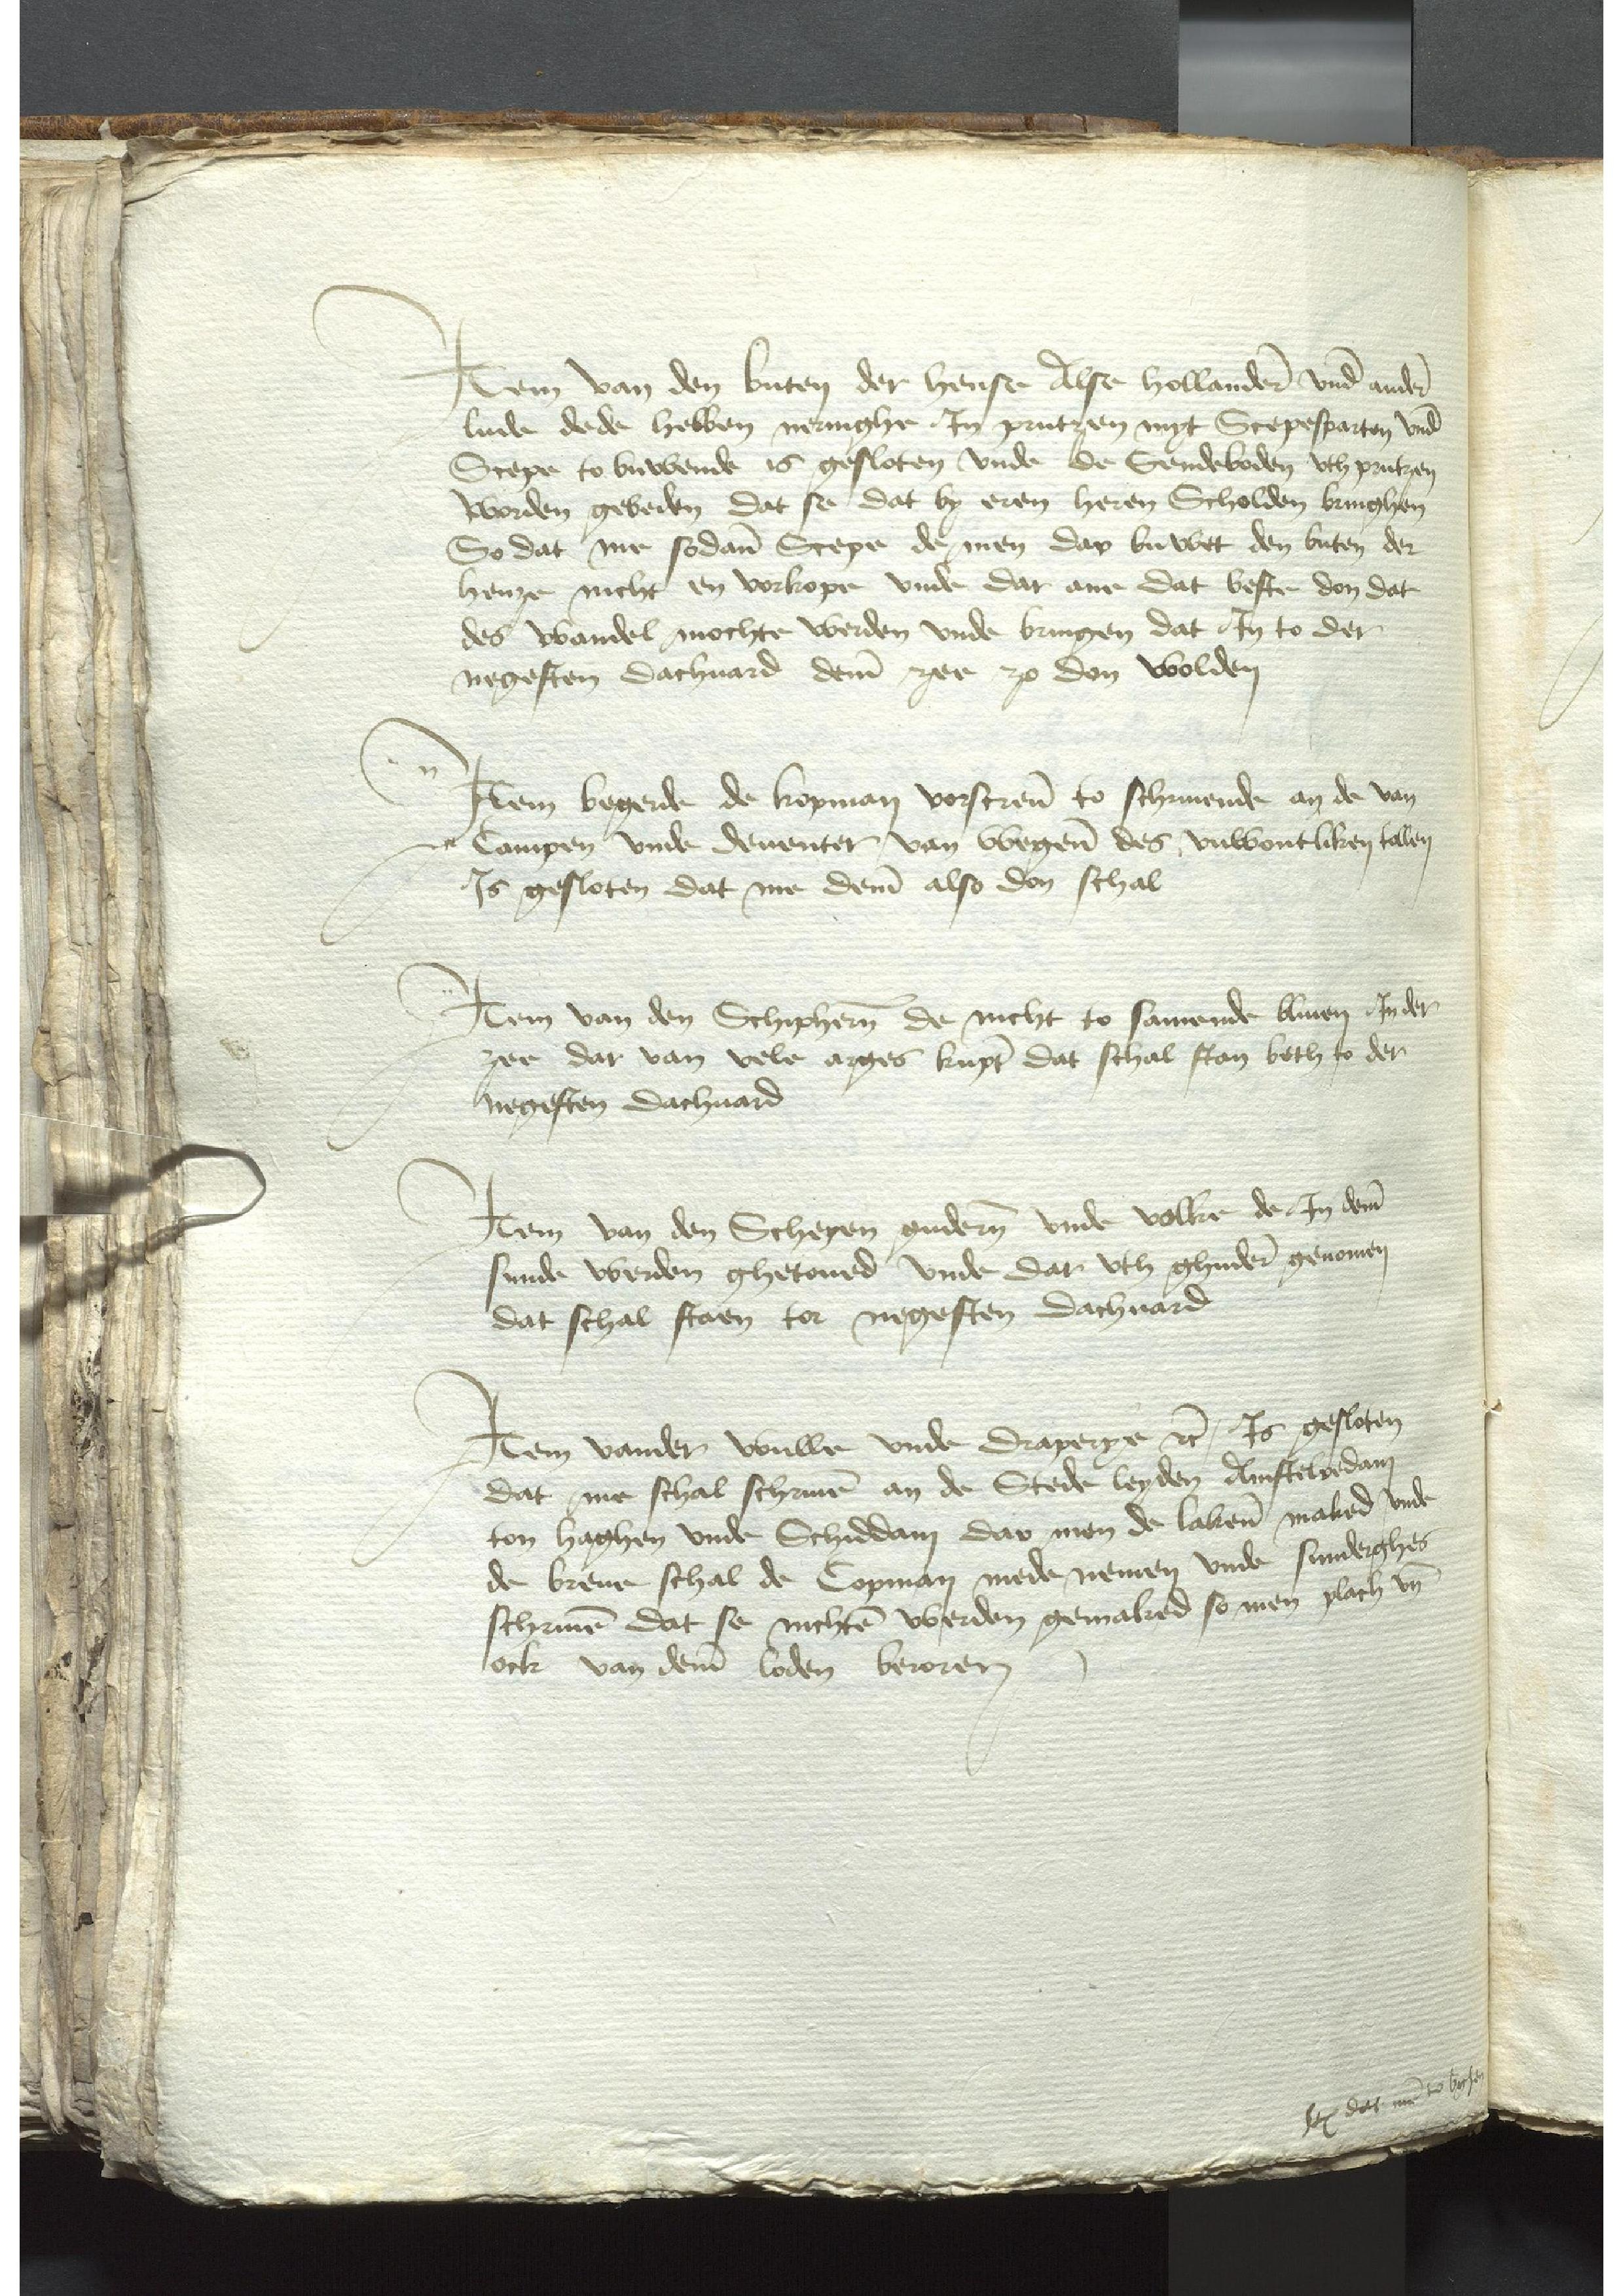
Jtem van den buten der hense Also Hollanderen vnde andere
lude dede hebben nenighe Jn Prutzen myt Scepesparten vnde
Scepe to buwende is gesloten vnde de Sendeboden vth Prutzen
worden gebeden dat se dat by eren heren Scholden bringhen
So dat me sodane Scepe de men dar buwet den buten der
henze nicht en vorkope vnde dar ane dat beste don dat
des wandel mochte werden vnde bringen dat Jn to der
negesten dachuard deme zee zo don wolden

Jtem begerde de kopman vorscreuen to schriuende an de van
Campen vnde Deuenter van wegene des vnwontliken tollen
Js gesloten dat me deme also den schal

Jtem van den Schipheren de nicht to samende bliuen Jn der
zee dar van vele arges kumpt dat schal stan beth to der
negesten dachuard

Jtem van den Schepen guderen vnde volke de Jn deme
sunde werden ghetoued vnde dar vth ghudere genomen
dat schal staen tor negesten dachuard

Jtem vander wulle vnde draperye etcetera Js gesloken
dat me schal schriuen an der Stede Leyden Amstelredam
ton Haghen vnde Schidam dar men de lakenen maked vnde
de breue schal de Copman mede nemen vnde sunderghes
schriuen dat se nichten werden gemaked so men plach vnd
ock van deme loden beroren